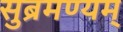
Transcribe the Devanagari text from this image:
सुब्रमण्यम्